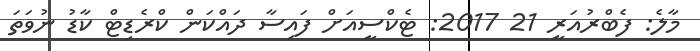
މާލެ: ފެެބްރުއަރީ 21 2017: ޓެކްސީއަށް ފައިސާ ދައްކަން ކްރެޑިޓް ކާޑު ނުވަތަ